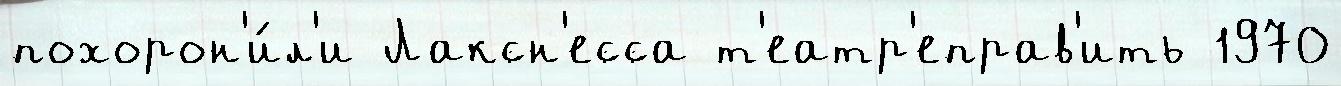
похорон'и́л'и Лаксн'есса т'еатр'еправ'ить 1970